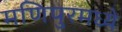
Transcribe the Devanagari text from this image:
मणिपुरमध्ये